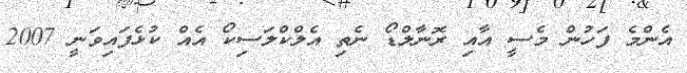
އެންމެ ފަހުން މެސީ އާއި ރޮނާލްޑޯ ނެތި އެލްކްލަސިކޯ އެއް ކުޅެފައިވަނީ 2007